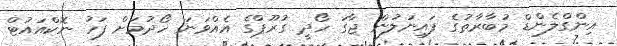
އިންގްލެންޑް މުބާރާތުގެ ފައިނަލުން ޖާގަ ހޯދީ ގުރޫޕްގެ އެއްވަނަ ހޯދުމަށް ފަހު ނޮކްއައުޓް